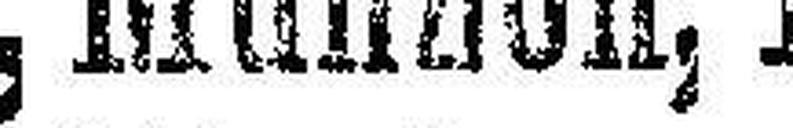
Einlösung von Gold und Silber, Münzen, Borten